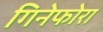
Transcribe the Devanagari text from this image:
गिनेफोरा